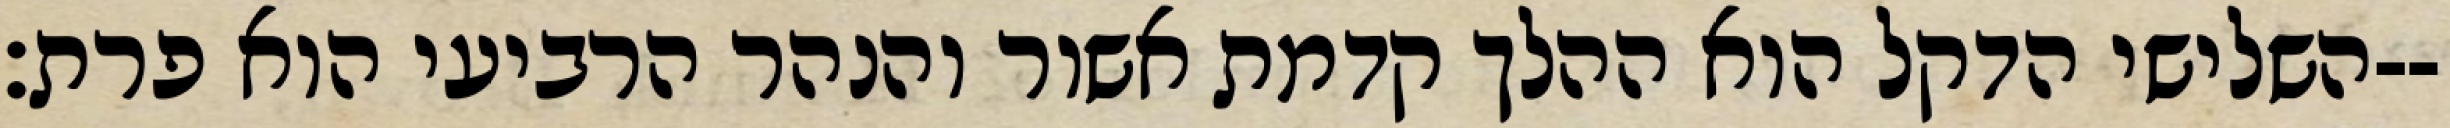
השלישי הדקל הוא ההלך קדמת אשור והנהר הרביעי הוא פרת׃--